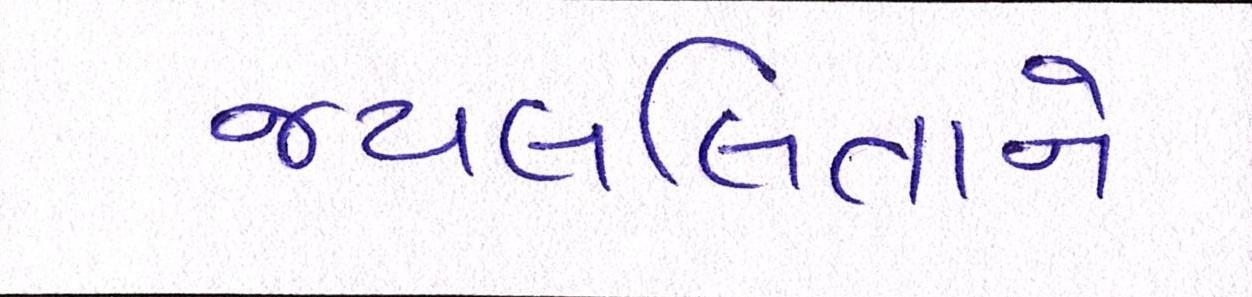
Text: જયલલિતાને